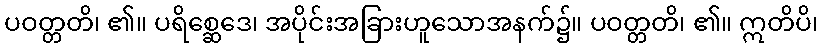
ပဝတ္တတိ၊ ၏။ ပရိစ္ဆေဒေ၊ အပိုင်းအခြားဟူသောအနက်၌။ ပဝတ္တတိ၊ ၏။ ဣတိပိ၊